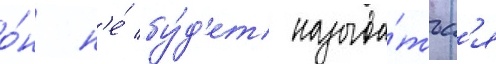
о́н н'е́ бу́д'ет называ́тьс'я